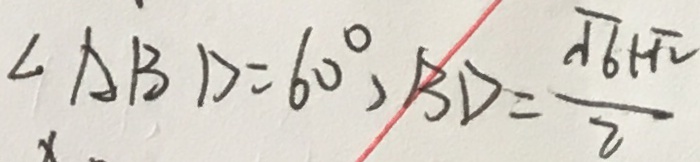
\angle A B D = 6 0 ^ { \circ } , B D = \frac { \sqrt { 6 } + \sqrt { 2 } } { 2 }